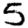
Digit: 5